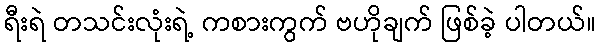
ရီးရဲ တသင်းလုံးရဲ့ ကစားကွက် ဗဟိုချက် ဖြစ်ခဲ့ ပါတယ်။